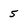
Character: 5